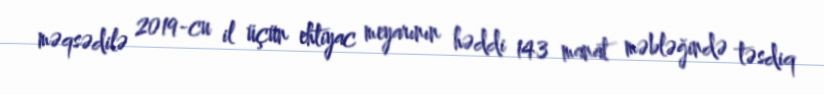
məqsədilə 2019-cu il üçün ehtiyac meyarının həddi 143 manat məbləğində təsdiq